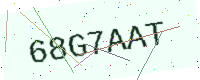
Text: 68G7AAT